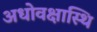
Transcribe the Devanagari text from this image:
अधोवक्षास्थि